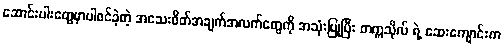
ဆောင်းပါးတွေမှာပါဝင်ခဲ့တဲ့ အသေးစိတ်အချက်အလက်တွေကို အသုံးပြုပြီး တက္ကသိုလ် ရဲ့ ဆေးကျောင်းက